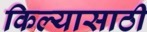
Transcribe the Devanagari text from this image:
किल्यासाठी